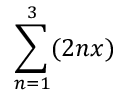
\sum _ { n = 1 } ^ { 3 } ( 2 n x )